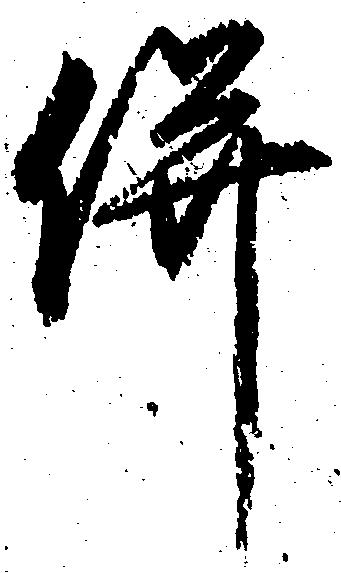
併